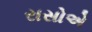
રાસોએ